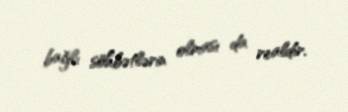
bağlı söhbətlərin olması da realdır.